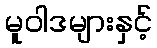
မူဝါဒများနှင့်